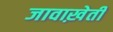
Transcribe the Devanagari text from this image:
जावाख़ेती